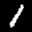
Label: 1